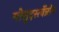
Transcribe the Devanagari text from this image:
गोसुदर्स्त्वेन्नोय